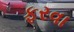
ફરવા